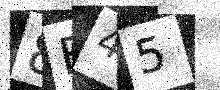
Text: 8F45